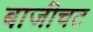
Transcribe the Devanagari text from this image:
बाजीचट